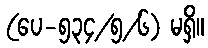
(ပေ-၅၃၄/၅/၆) မရှိ။